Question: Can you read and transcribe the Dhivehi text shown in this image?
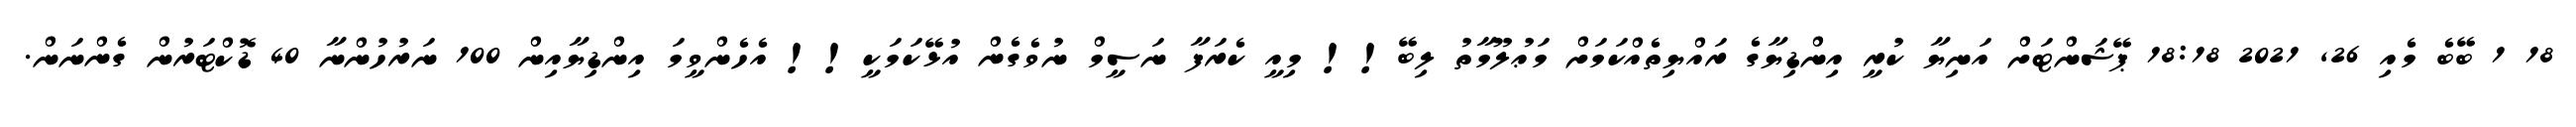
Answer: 18 1 ބޭބެ މެއި 26, 2021 18:18 ޕޭޝަންޓަށް އަނިޔާ ކުރީ އިންޑިޔާގެ ރައްޔިތެއްކަމަށް މަޢުލޫމާތު ލިބޭ!! މިއީ ކެރަފާ ނަސީމް ނުވެގެން އުޅޭކަމަކީ!! އެހެންވީމަ އިންޑިޔާއިން 100 ނަރުހުންނާ 40 ޑޮކްޓަރުން ގެންނަން.